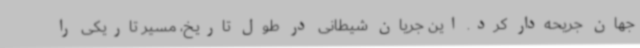
جهان جریحه‌دار کرد. این جریان شیطانی در طول تاریخ، مسیر تاریکی را